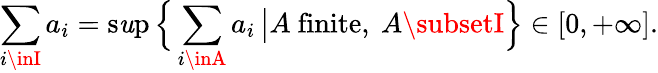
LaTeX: \sum_{i\inI}a_{i}=\operatorname*{s\mathit{u}p}{\Bigl\{ }\sum_{i\inA}a_{i}\, {\big|}A{\mathrm{{~finite,~}}}A\subsetI{\Bigr\} }\in[0,+\infty].